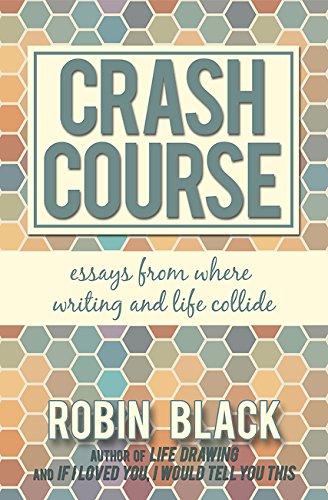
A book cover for Crash Course: Essays From Where Writing and Life Collide; Robin Black; Literature & Fiction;